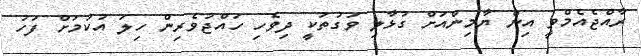
ރާއްޖެއެމްވީ އިން ޔާމިންއަށް ގުޅާލި ވަގުތަކީ ދިވެހި ހައްޖުވެރިން ހިލަ އުކުމަށް ފަހު